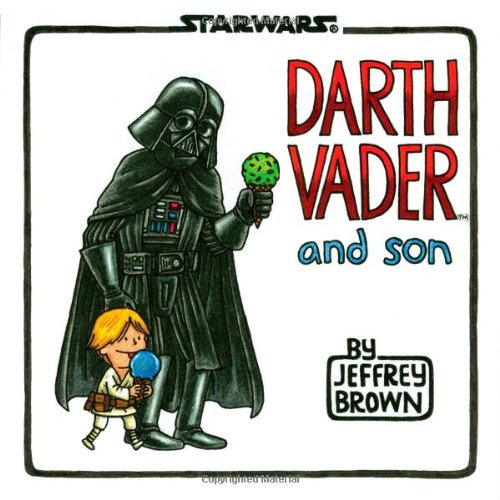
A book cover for Darth Vader and Son; Jeffrey Brown; Comics & Graphic Novels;